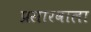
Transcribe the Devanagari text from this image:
प्रसारवाला